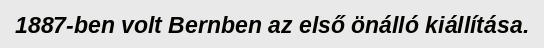
1887-ben volt Bernben az első önálló kiállítása.